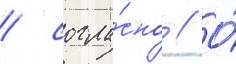
/ согла́сно // О́